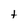
Character: t